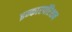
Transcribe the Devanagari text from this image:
इन्कारपॉरेशन